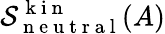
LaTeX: \mathcal{S}_{\mathrm{~n~e~u~t~r~a~l~}}^{\mathrm{~k~i~n~}}(A)